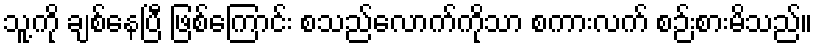
သူ့ကို ချစ်နေပြီ ဖြစ်ကြောင်း စသည်လောက်ကိုသာ စကားလက် စဉ်းစားမိသည်။